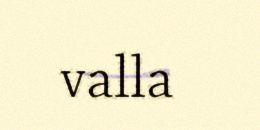
valla